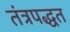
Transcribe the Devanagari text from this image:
तंत्रपद्धत